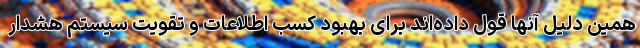
همین دلیل آنها قول داده‌اند برای بهبود کسب اطلاعات و تقویت سیستم هشدار